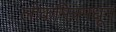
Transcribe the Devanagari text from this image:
लोकमित्रमधून